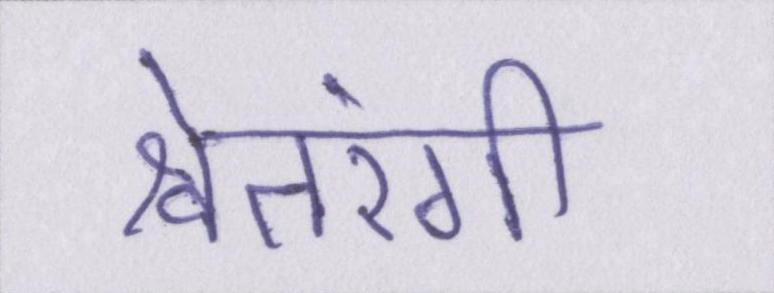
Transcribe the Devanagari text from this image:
श्वेतरंगी